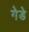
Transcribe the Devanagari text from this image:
गेडे